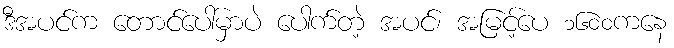
ဒီအပင်က တောင်ပေါ်မှာပဲ ပေါက်တဲ့ အပင်၊ အမြင့်ပေ ၁၆၀၀ကနေ